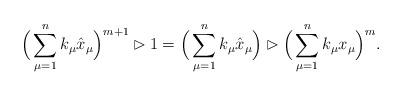
LaTeX: \begin{align*}\Big(\sum_{\mu=1}^n k_\mu \hat x_\mu\Big)^{m+1}\rhd 1 = \Big(\sum_{\mu=1}^n k_\mu \hat x_\mu\Big)\rhd \Big(\sum_{\mu=1}^n k_\mu x_\mu\Big)^m.\end{align*}